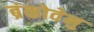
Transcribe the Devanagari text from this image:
ब्रंकोवेनु